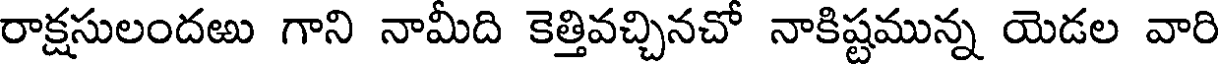
రాక్షసులందఱు గాని నామీది కెత్తివచ్చినచో నాకిష్టమున్న యెడల వారి